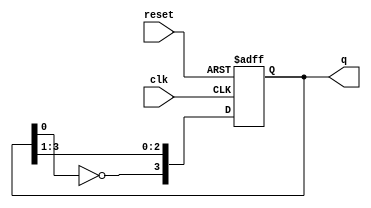
module johnson_counter (
    input wire clk,        // Clock input
    input wire reset,      // Asynchronous reset
    output reg [3:0] q     // 4-bit output representing the current state
);

// Always block for the Johnson counter logic
always @(posedge clk or posedge reset) begin
    if (reset) begin
        // Reset the counter to 0000
        q <= 4'b0000;
    end else begin
        // Johnson counter logic: shift and feedback
        q[3] <= ~q[0];  // Invert the last flip-flop output and feed it to the first flip-flop
        q[2] <= q[3];   // Shift the state through the flip-flops
        q[1] <= q[2];
        q[0] <= q[1];
    end
end

endmodule